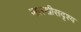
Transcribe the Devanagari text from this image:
पालखीसदृश्य